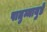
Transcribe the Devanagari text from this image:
पातुम्मायुडे